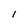
Character: 1